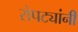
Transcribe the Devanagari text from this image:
रोपट्यांनी